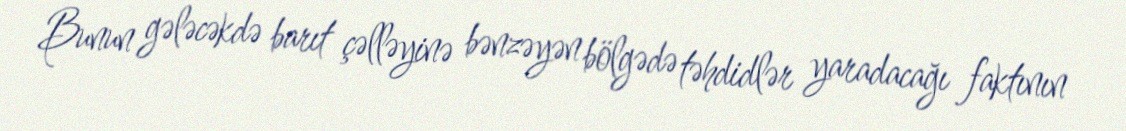
Bunun gələcəkdə barıt çəlləyinə bənzəyən bölgədə təhdidlər yaradacağı faktının